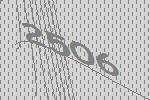
2506